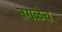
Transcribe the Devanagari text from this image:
बगळेच